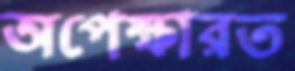
অপেক্ষারত